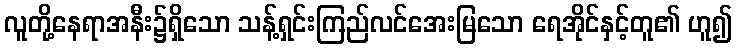
လူတို့နေရာအနီး၌ရှိသော သန့်ရှင်းကြည်လင်အေးမြသော ရေအိုင်နှင့်တူ၏ ဟူ၍